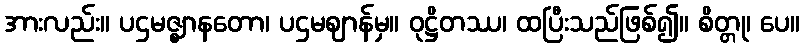
အားလည်း။ ပဌမဇ္ဈာနတော၊ ပဌမဈာန်မှ။ ဝုဋ္ဌိတဿ၊ ထပြီးသည်ဖြစ်၍။ စိတ္တု၊ ပေ။